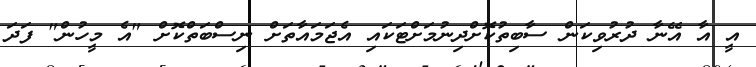
އީ އާ އޭނާ ދުރުވިކަން ސާބިތުކޮށްދިނުމަށްޓަކައި އެޖަމައާތަށް ނިސްބަތްކޮށް "އެ މީހުން" ފަދަ